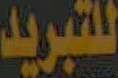
للتبريد